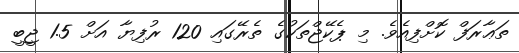
ތަޢާރަފް ކޮށްފިއެވެ. މި ޕެކޭޖްތަކުގެ ތެރޭގައި 120 ރުފިޔާ އަށް 1.5 ޖީބީ